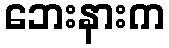
ဘေးနားက